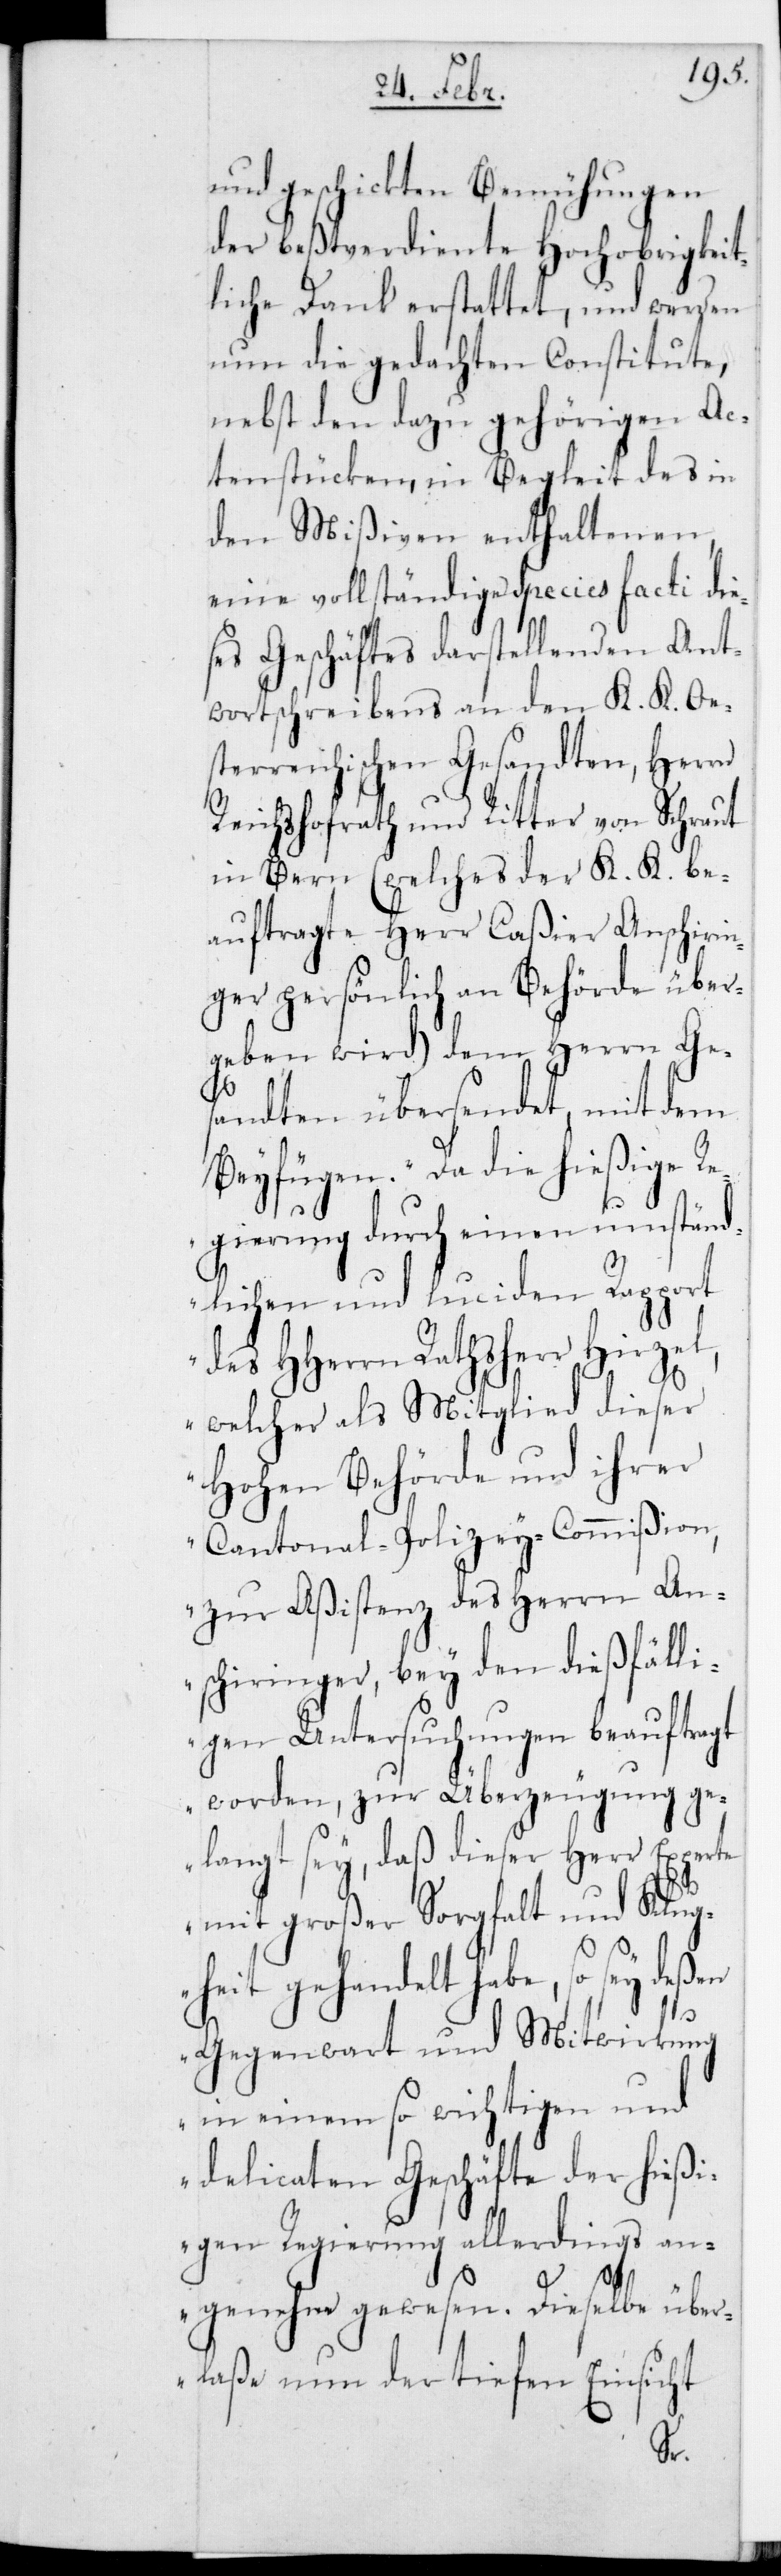
und geschickten Bemühungen
der beßtverdiente Hochobrigkeit¬
liche Dank erstattet, und werden
nun die gedachten Constitute,
nebst den dazu gehörigen Ac¬
tenstücken, in Begleit des in
den Mißiven enthaltenen,
eine vollständige Species facti die¬
ses Geschäftes darstellenden Ant¬
wortschreibens an den K. K. Oe¬
erreichischen Gesandten, Herrn
Reichshofrath und Ritter von Schraut
in Bern (welches der K. K. be¬
auftragte Herr Caßier Anschir¬
ger persönlich an Behörde über¬
geben wird) dem Herrn Ge¬
sandten übersendet, mit dem
Beyfügen: „Da die hießige R¬
egierung durch einen umständ¬
lichen und luciden Rapport
des HHerrn Rathsherr Hirzel,
welcher als Mitglied dieser
Hohen Behörde und ihrer
Cantonal-Polizey-Commißion,
zur Aßistenz des Herrn An¬
schiringer, bey den dießfälli¬
gen Untersuchungen beauftragt
worden, zur Überzeugung ge¬
langt sey, daß dieser Herr Experte
in¬
mit großer Sorfalt und Klug¬
heit gehandelt habe, so sey
Gegenwart und Mitwirkung
in einem so wichtigen und
delicaten Geschäfte der hießi¬
gen Regierung allerdings an¬
genehm gewesen. Dieselbe über¬
laße nun der tiefen Einsicht